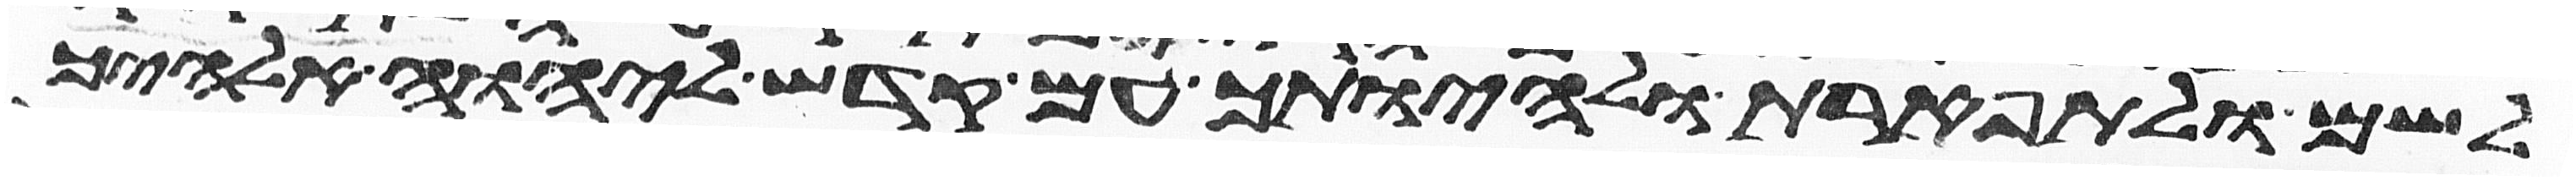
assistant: לשם ולתפארת ולהיותך עם קדש ליהוה אלהיך